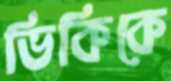
ভিকিকে